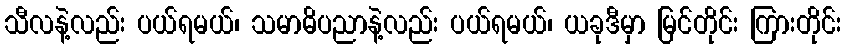
သီလနဲ့လည်း ပယ်ရမယ်၊ သမာဓိပညာနဲ့လည်း ပယ်ရမယ်၊ ယခုဒီမှာ မြင်တိုင်း ကြားတိုင်း